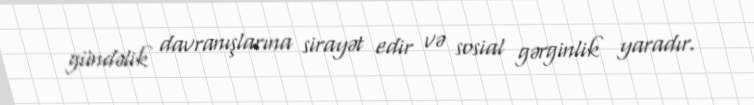
gündəlik davranışlarına sirayət edir və sosial gərginlik yaradır.